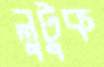
লুটুক